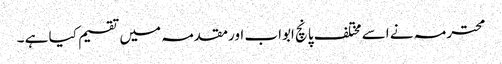
محترمہ نے اسے مختلف پانچ ابواب اورمقدمہ میں تقسیم کیا ہے ۔